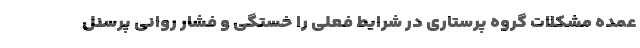
عمده مشکلات گروه پرستاری در شرایط فعلی را خستگی و فشار روانی پرسنل